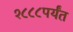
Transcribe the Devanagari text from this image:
१८८८पर्यंत